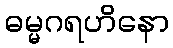
ဓမ္မဂရဟိနော